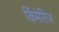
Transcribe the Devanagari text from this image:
किंमेरिज